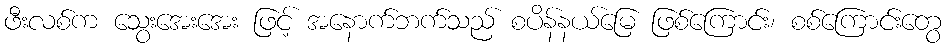
ဖီးလစ်က သွေးအေးအေး ဖြင့် အနောက်ဘက်သည် စပိန်နယ်မြေ ဖြစ်ကြောင်း၊ စစ်ကြောင်းတွေ